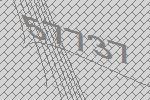
57737